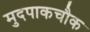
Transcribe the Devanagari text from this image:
मुदपाकचौक